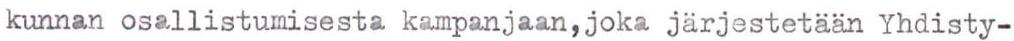
kunnan osallistumisesta kampanjaan,joka järjestetään Yhdisty-